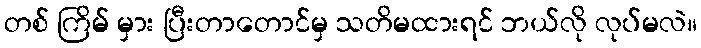
တစ် ကြိမ် မှား ပြီးတာတောင်မှ သတိမထားရင် ဘယ်လို လုပ်မလဲ။